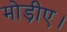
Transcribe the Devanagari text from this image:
मोड़ीए।